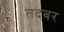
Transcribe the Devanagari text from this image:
तदबर